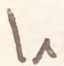
Text: I1